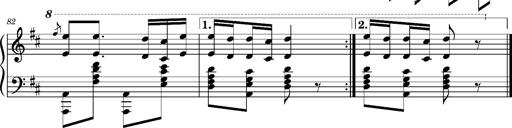
Title: Ungarischer Romanzero
Composer: Franz Liszt